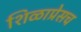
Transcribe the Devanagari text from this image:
शिळाप्रेसच